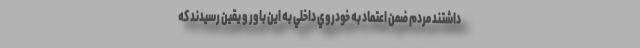
داشتند مردم ضمن اعتماد به خودروي داخلي به اين باور و يقين رسيدند كه